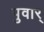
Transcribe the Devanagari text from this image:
पुवार्